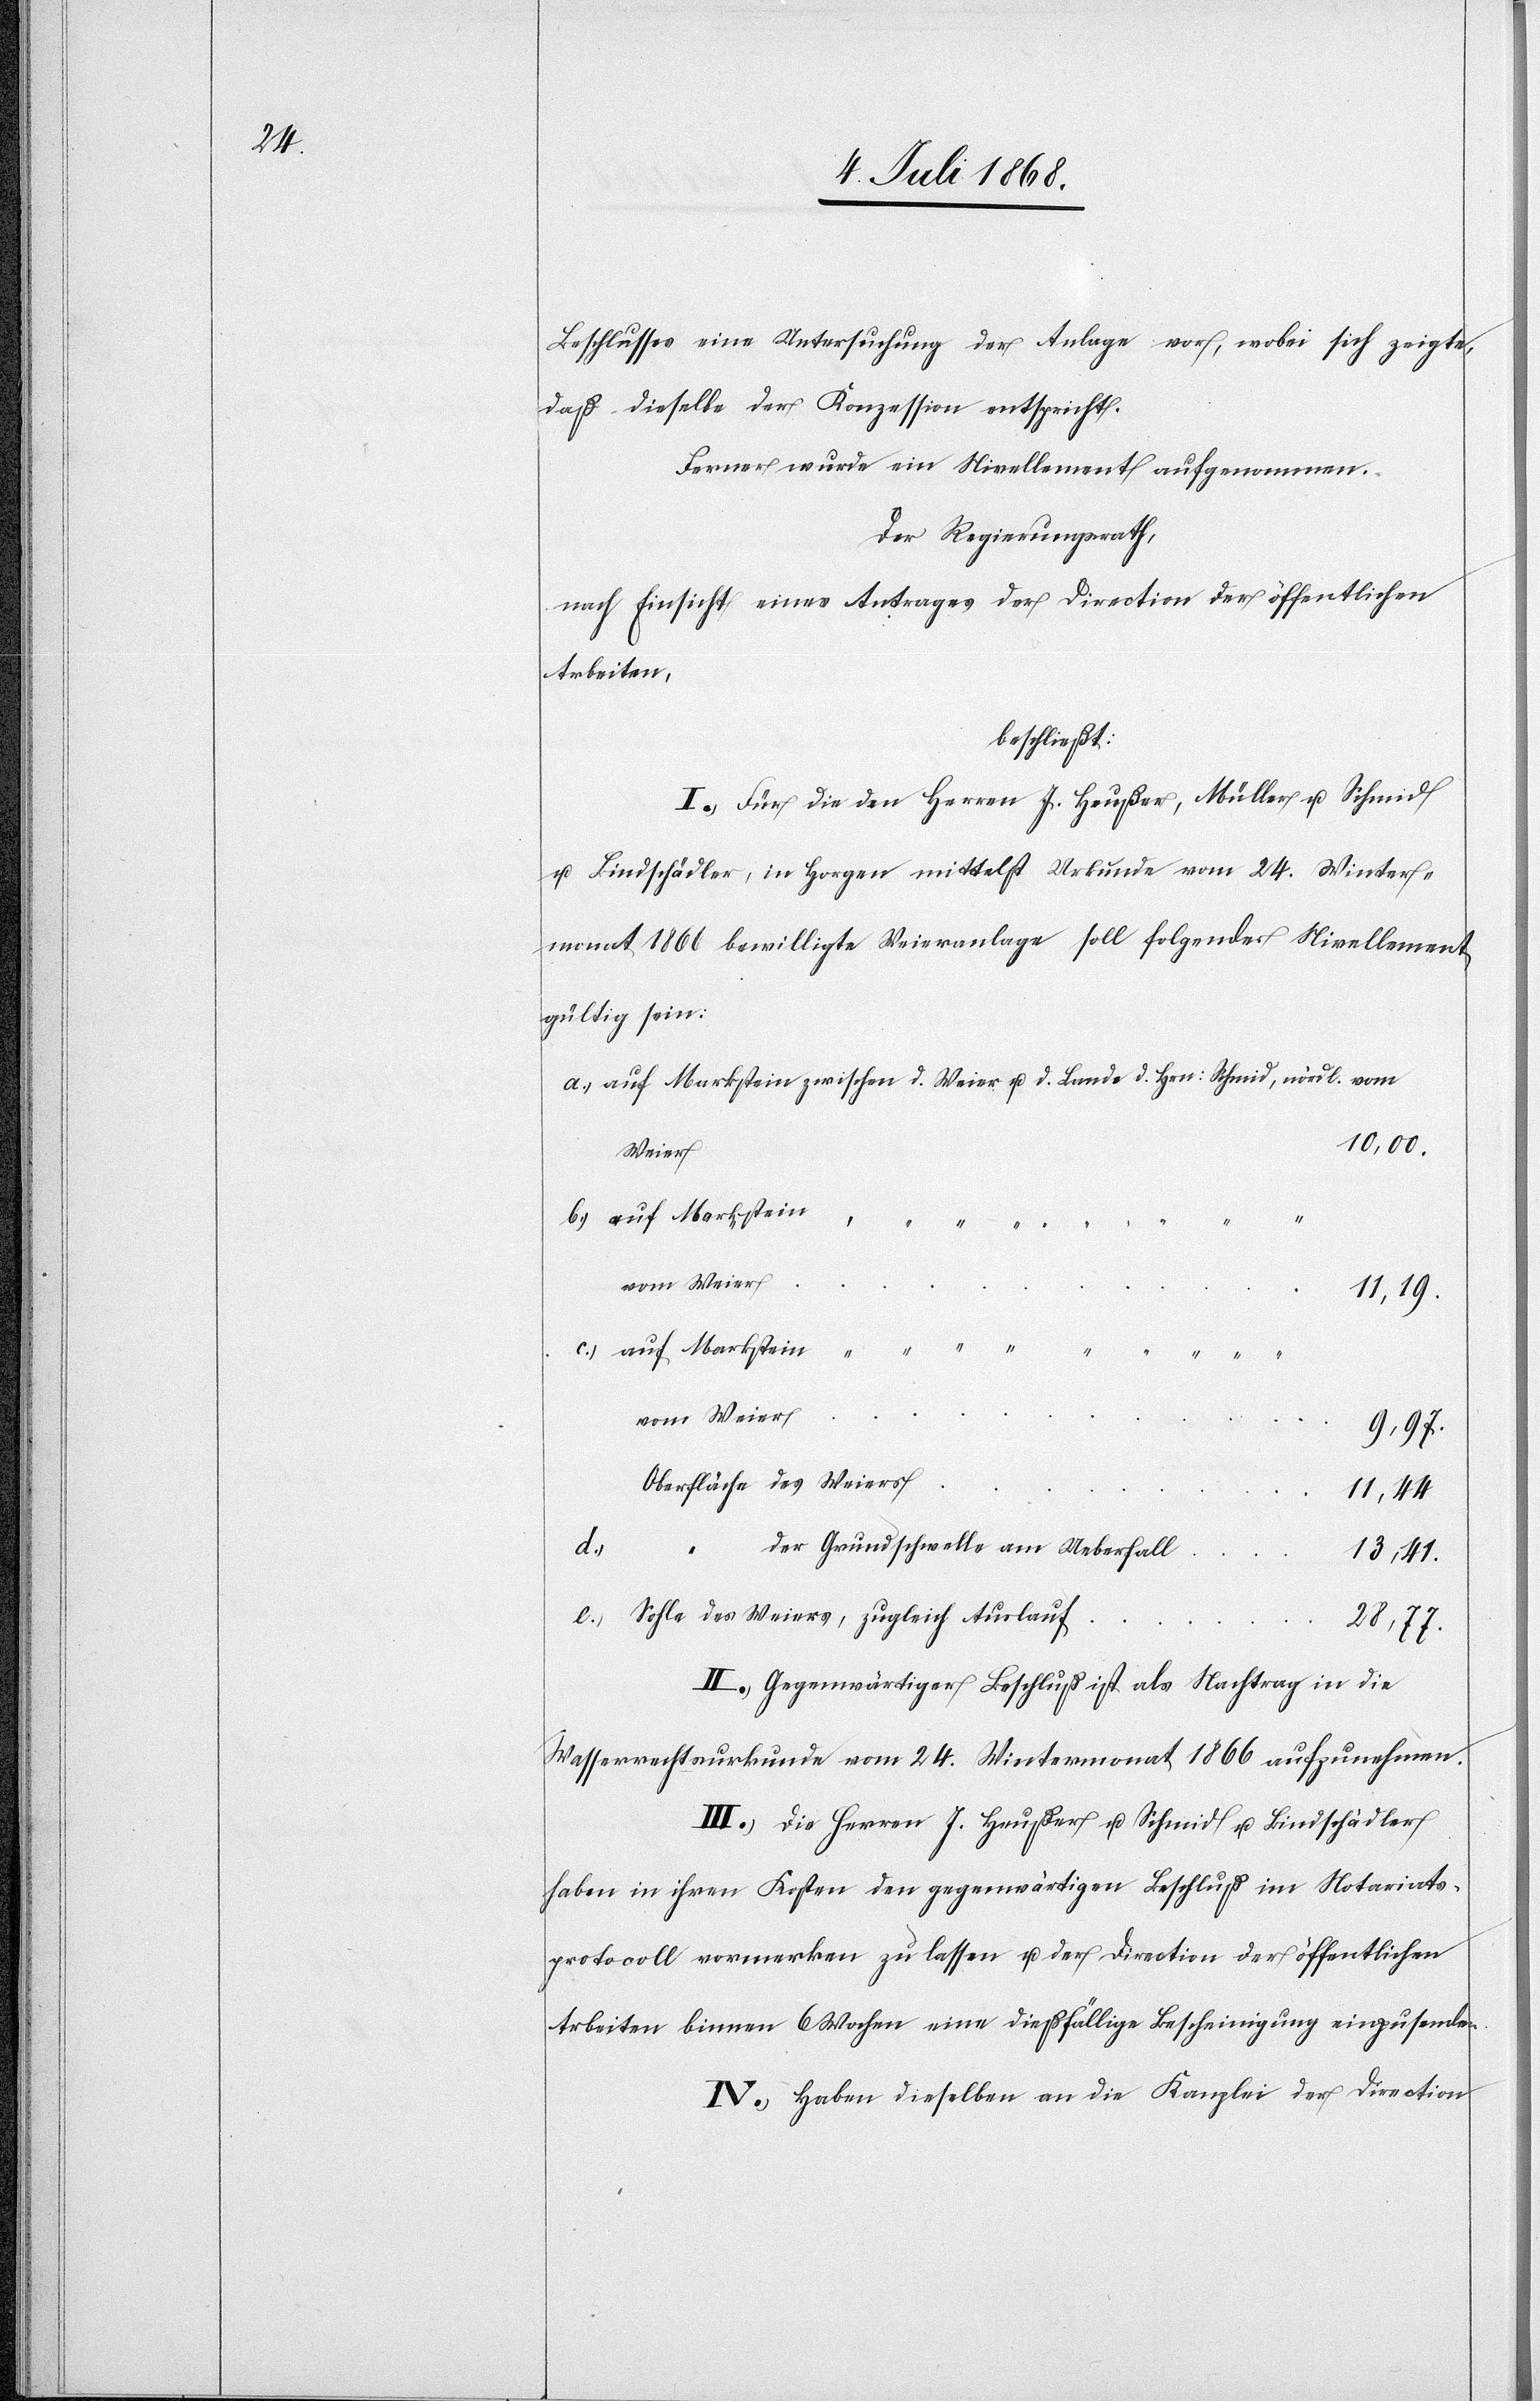
Beschlusses eine Untersuchung der Anlage vor, wobei sich zeigte,
daß dieselbe der Konzession entspricht.
Ferner wurde ein Nivellement aufgenommen.
Der Regierungsrath,
nach Einsicht eines Antrages der Direction der öffentlichen
Arbeiten,
beschließt:
I.) Für die den Herren J. Heußer, Müller u. Schmid
u. Bindschädler, in Horgen mittelst Urkunde vom 24. Winter¬
monat 1866 bewilligte Weieranlage soll folgendes Nivellement
gültig sein:
auf Markstein zwischen d. Weier u. d. Lande d. Hrn: Schmid, nördl. vom
10,00.
Weier
vom Weier
11,19.
auf Markstein “ “ “ “
vom Weier
9,97.
Oberfläche des Weiers
11,44
der Grundschwelle am Ueberfall
“ “ “
13,41.
Sohle des Weiers, zugleich Auslauf
28,77.
II.) Gegenwärtiger Beschluß ist als Nachtrag in die
Wasserrechtsurkunde vom 24. Wintermonat 1866 aufzunehmen.
III.) Die Herren J. Heußer u. Schmid u. Bindschädler
haben in ihren Kosten den gegenwärtigen Beschluß im Notariats¬
protocoll vormerken zu lassen u. der Direction der öffentlichen
Arbeiten binnen 6 Wochen eine dießfällige Bescheinigung einzusenden.
IV.) Haben dieselben an die Kanzlei der Direction